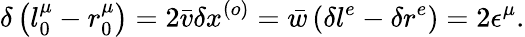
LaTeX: \delta\left(l_{0}^{\mu}-r_{0}^{\mu}\right)=2\bar{v}\delta x^{\left(o\right)}=\bar{w}\left(\delta l^{e}-\delta r^{e}\right)=2\epsilon^{\mu}.